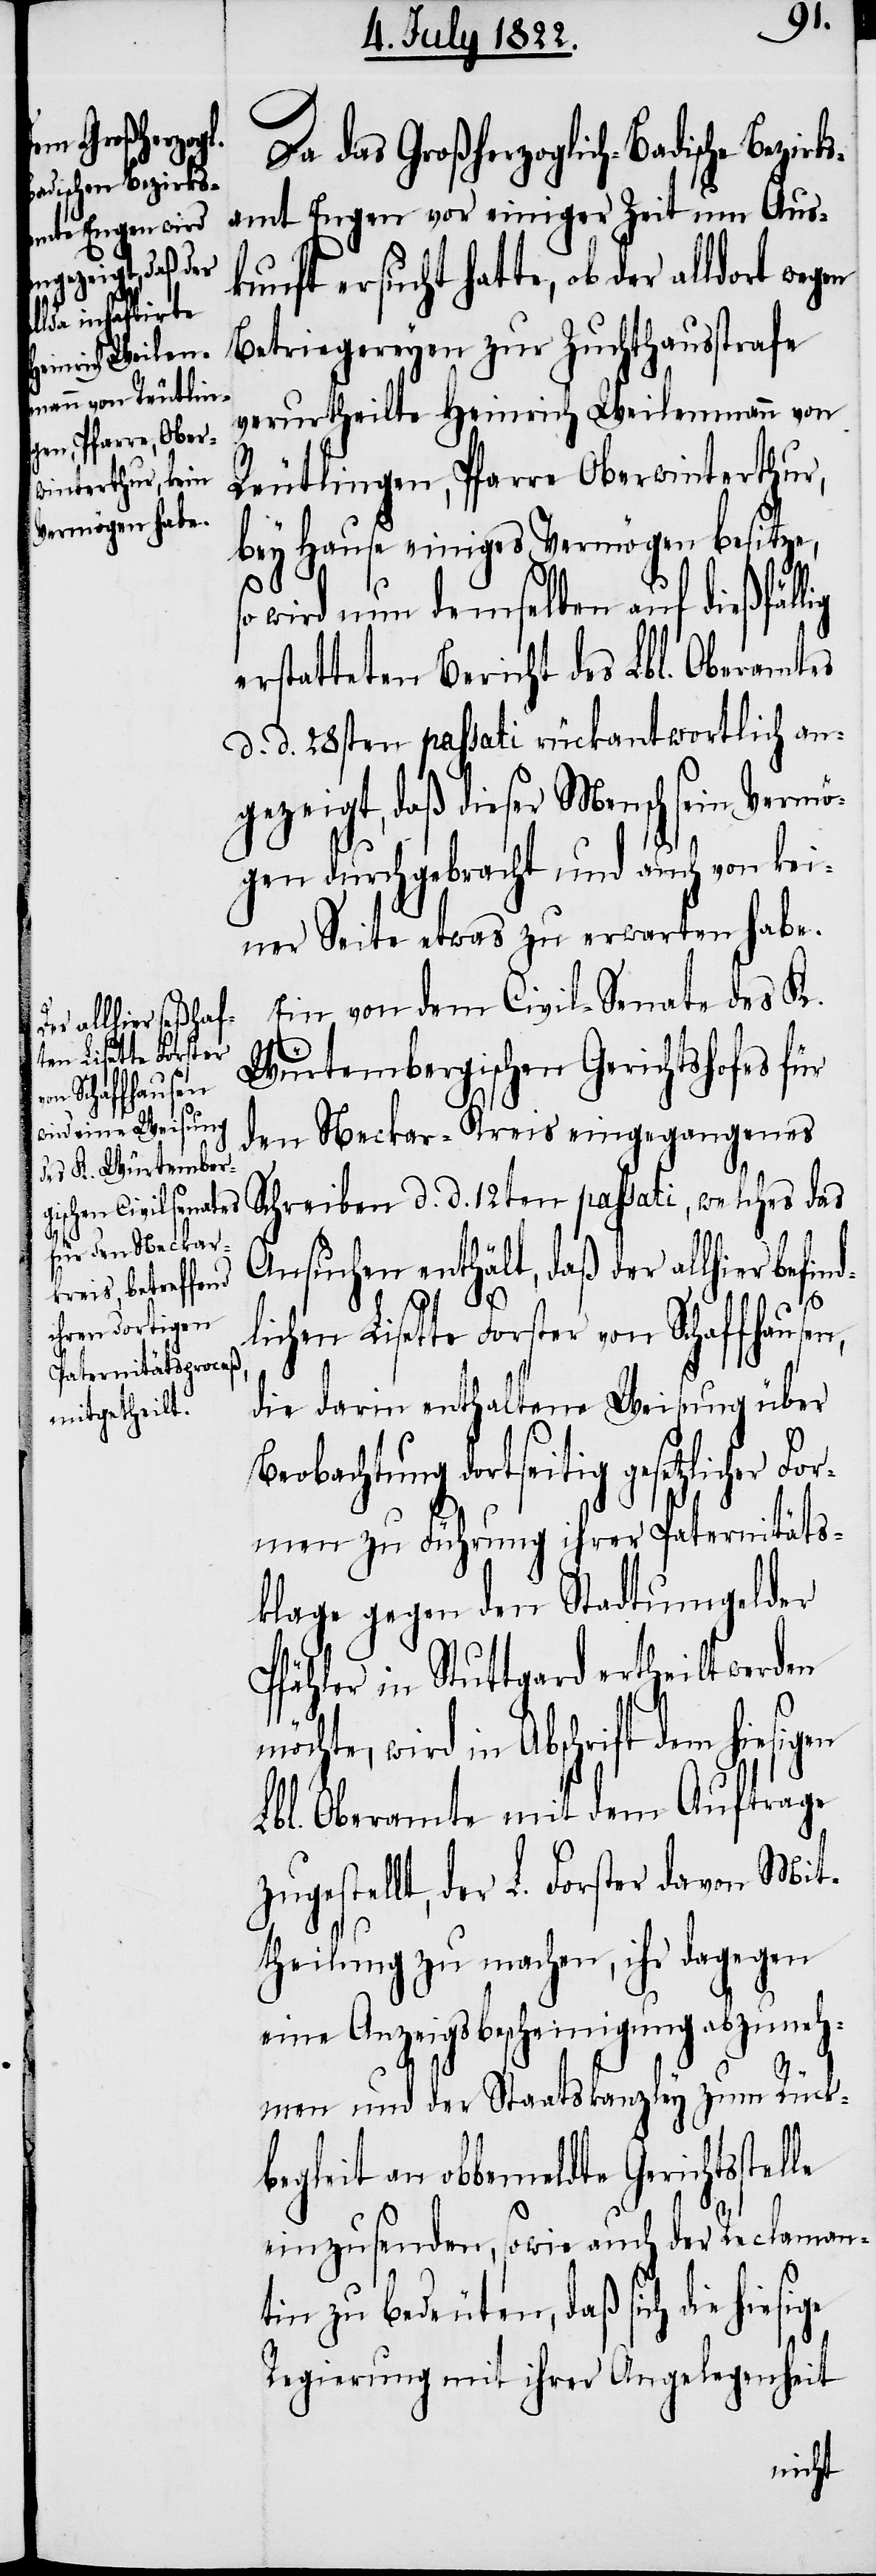
Da das Großherzoglich-Badische Bezir¬
amt Engen vor einiger Zeit um Aus¬
kunft ersucht hatte, ob der alldort
Betriegereyen zur Zuchthausstrafe
verurtheilte Heinrich Weilenmann von
Reutlingen, Pfarre Oberwinterthur,
bey Hause einiges Vermögen besitze,
lle
wird nun demselben auf dießfällig
erstatteten Bericht des Lbl. Oberamtes
d. d. 28ten passati rückantwortlich an¬
gezeigt, daß dieser Mensch sein Vermö¬
gen durchgebracht und auch von kei¬
ner Seite etwas zu erwarten habe.
Ein von dem Civil-Senate des K.
Würtembergischen Gerichtshofes für
den Neckar-Kreis eingegangenes
Schreiben d. d. 12ten passati, welches das
Ansuchen enthält, daß der allhier befin¬
en
lichen Lisette Forster von Schaffhausen,
die darin enthaltene Weisung über
Beobachtung dortseitig gesetzlicher For¬
men zu Führung ihrer Paternitäts¬
klage gegen den Stadtumgelder
Pfähler in Stuttgard ertheilt werden
wird in Abschrift dem hiesig¬
Lbl. Oberamte mit dem Auftrage
zugestellt, der L. Forster davon Mit¬
theilung zu machen, ihr dagegen
eine Anzeigsbescheinigung abzuneh¬
men und der Staatskanzley zum Rück¬
begleit an obbemeldte Gerichtsste¬
einzusenden, sowie auch der Reclaman¬
tin zu bedeuten, daß sich die hiesige
Regierung mit ihrer Angelegenheit